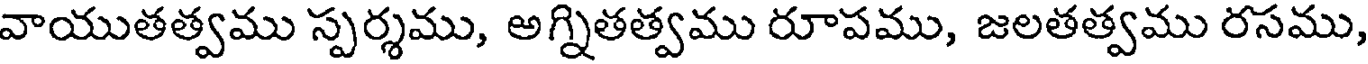
వాయుతత్వము స్పర్శము, అగ్నితత్వము రూపము, జలతత్వము రసము,